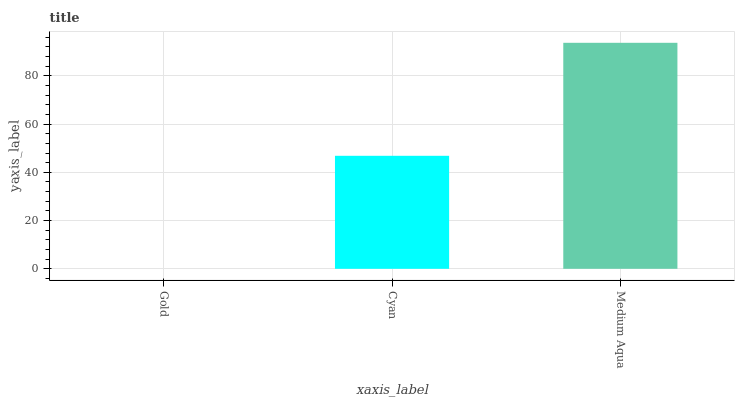
| xaxis_label | bars |
 | --- | --- |
 | Gold | 0 |
 | Cyan | 46.8 |
 | Medium Aqua | 93.7 |